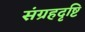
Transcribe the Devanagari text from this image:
संग्रहदृष्टि